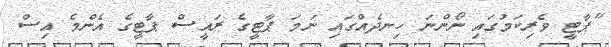
"ޕާޓީ ވެރިކަމުގައި ނޯންނަ ހިނދެއްގައި ނަމަ ޕާޓީގެ ރައީސް ޕާޓީގެ އެންމެ އިސް